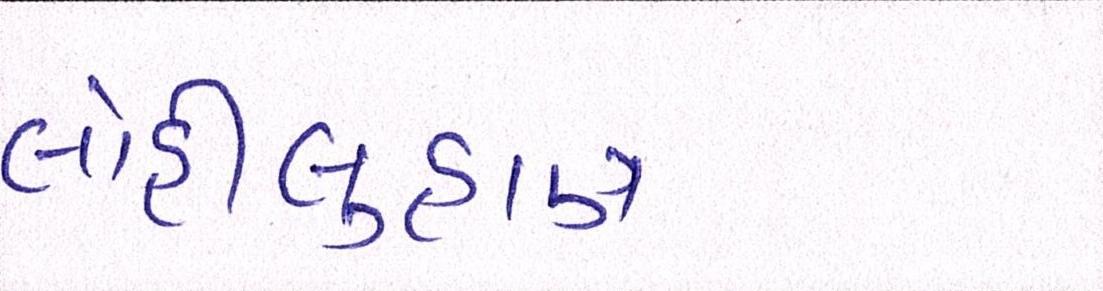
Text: લોહીલુહાણ